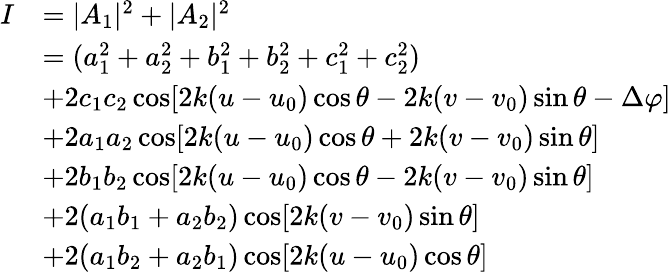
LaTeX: \begin{array}{rl}{I}&{=|A_{1}|^{2}+|A_{2}|^{2}}\\ &{=(a_{1}^{2}+a_{2}^{2}+b_{1}^{2}+b_{2}^{2}+c_{1}^{2}+c_{2}^{2})}\\ &{+2c_{1}c_{2}\cos[2k(u-u_{0})\cos\theta-2k(v-v_{0})\sin\theta-\Delta\varphi]}\\ &{+2a_{1}a_{2}\cos[2k(u-u_{0})\cos\theta+2k(v-v_{0})\sin\theta]}\\ &{+2b_{1}b_{2}\cos[2k(u-u_{0})\cos\theta-2k(v-v_{0})\sin\theta]}\\ &{+2(a_{1}b_{1}+a_{2}b_{2})\cos[2k(v-v_{0})\sin\theta]}\\ &{+2(a_{1}b_{2}+a_{2}b_{1})\cos[2k(u-u_{0})\cos\theta]}\end{array}